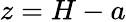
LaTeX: z=H-a